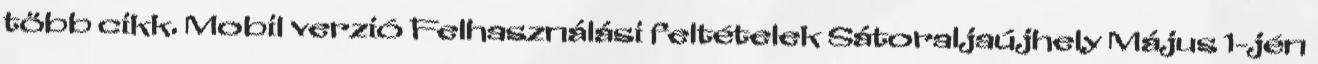
több cikk. Mobil verzió Felhasználási feltételek Sátoraljaújhely Május 1-jén